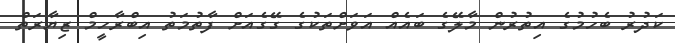
ކަދުރު ބެހުމުގެ އިތުރުން މާލޭގެ ބައެއް އަވަށްތަކުގެ ގޭގެއަށް ފާތުމަތު އިބްރާހީމް ޒިޔާރަތް